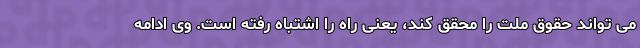
می تواند حقوق ملت را محقق کند، یعنی راه را اشتباه رفته است. وی ادامه